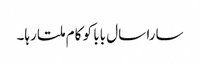
سارا سال بابا کو کام ملتا رہا۔